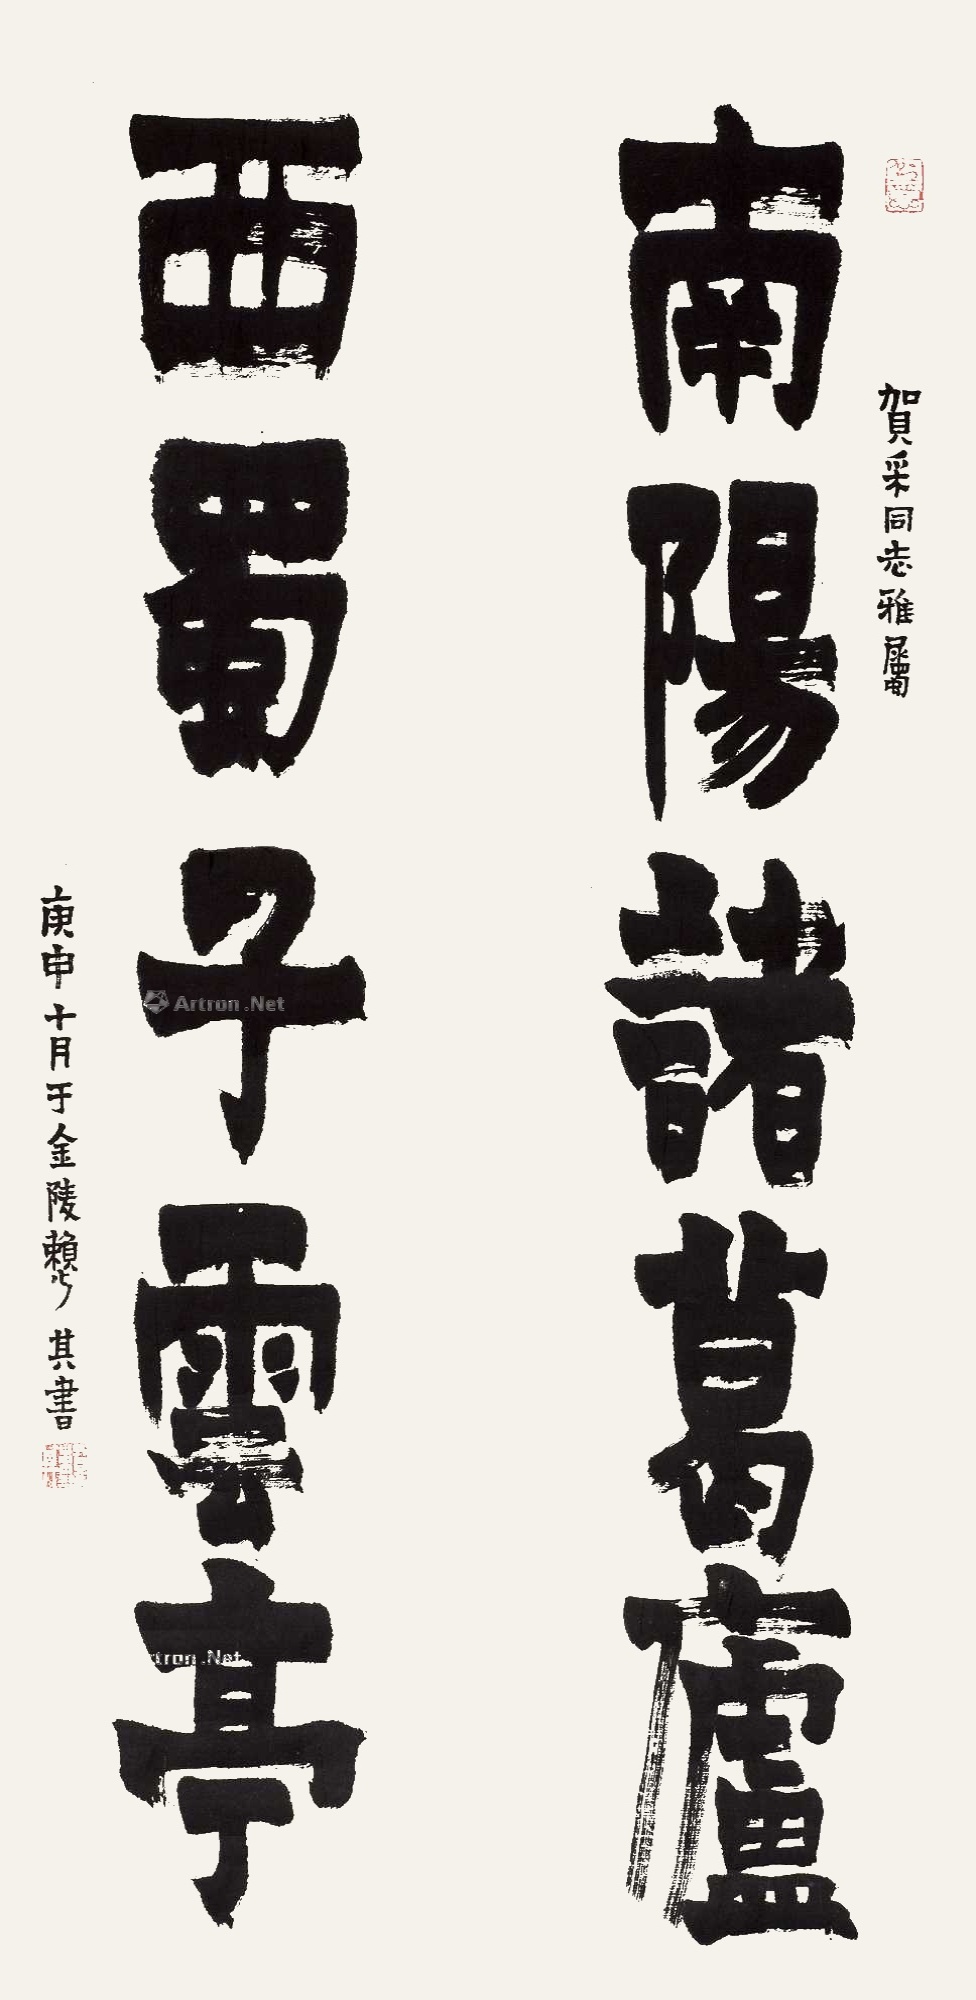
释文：南阳诸葛庐，西蜀子云亭。贺采同志雅属，庚申十月于金陵，赖少其书。